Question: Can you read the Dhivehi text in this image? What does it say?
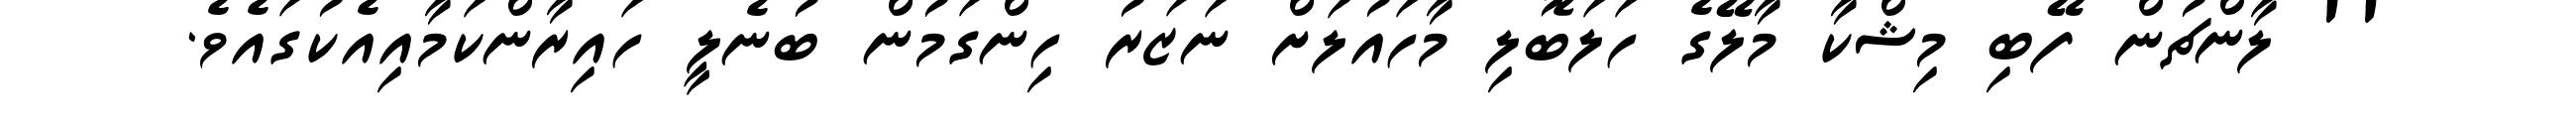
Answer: '' ލާންޗުން ފޭބި މިޝްކާ މާލޭގެ ހަލަބޮލި މާހައުލަށް ނަޒަރު ހިންގަމުން ބުނެލީ ހައިރާންކަމާއިއެކުގައެވެ.